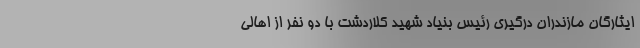
ایثارگان مازندران درگیری رئیس بنیاد شهید کلاردشت با دو نفر از اهالی